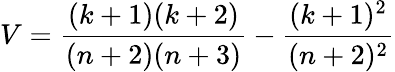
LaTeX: V=\frac{(k+1)(k+2)}{(n+2)(n+3)}-\frac{(k+1)^{2}}{(n+2)^{2}}